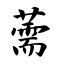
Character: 薷